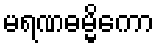
မရဏဓမ္မိကော